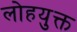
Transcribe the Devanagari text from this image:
लोहयुक्त